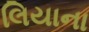
લિયાના